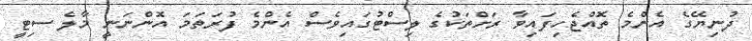
ދުނިޔޭގެ އެންމެ ތޮއްޖެހިފައިވާ ރަށްތަކުގެ ލިސްޓުގައިވެސް އެންމެ ފުރަތަމަ އޮންނަނީ މާލެ ސިޓީ